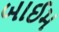
બાઈમ